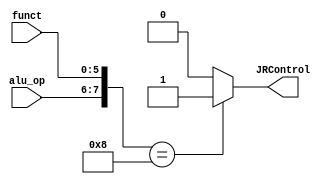
module JR_Control(
    input [1:0] alu_op,
    input [5:0] funct,
    output JRControl
    );
	 
	 assign JRControl = ({alu_op,funct} == 8'b00001000) ? 1'b1 : 1'b0; // Func of Jr = 001000

endmodule